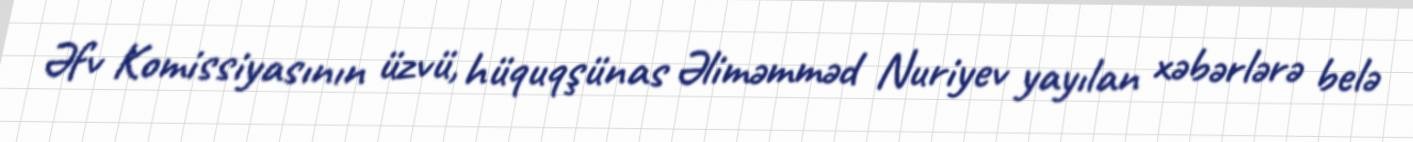
Əfv Komissiyasının üzvü, hüquqşünas Əliməmməd Nuriyev yayılan xəbərlərə belə